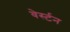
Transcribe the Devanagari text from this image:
वेर्स्टन